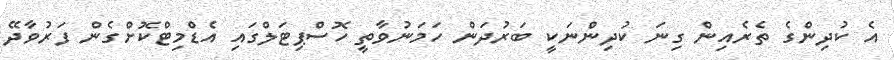
އެ ކުދިންގެ ތެރެއިން ގިނަ ކުދިންނަކީ ބަރުދަން ހަމަނުވާތީ ހޮސްޕިޓަލްގައި އެޑްމިޓްކޮށްގެން ފަރުވާދޭ